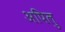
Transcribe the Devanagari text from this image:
अपिलु